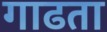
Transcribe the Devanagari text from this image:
गाढता